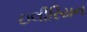
ઇલીરિયન